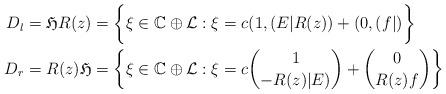
LaTeX: \begin{align*} D_l &= \mathfrak{H}R(z)=\bigg\{ \xi\in \mathbb{C}\oplus \mathcal{L}:\xi = c(1,(E|R(z))+(0,(f|)\bigg\} \\ D_r& = R(z)\mathfrak{H}=\bigg\{ \xi\in\mathbb{C}\oplus \mathcal{L}:\xi = c\binom{1}{-R(z)|E)}+\binom{0}{R(z)f}\bigg\} \end{align*}